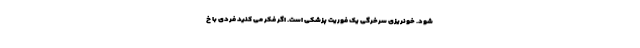
شود. خونریزی سرخرگی یک فوریت پزشکی است. اگر فکر می کنید فردی با خ